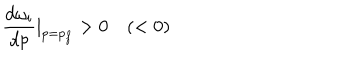
\frac { d \omega _ { i } } { d p } | _ { p = p _ { f } } > 0 \quad ( < 0 )